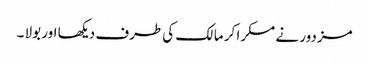
مزدور نے مسکرا کر مالک کی طرف دیکھا اور بولا ۔